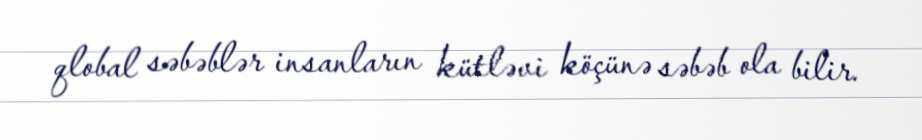
qlobal səbəblər insanların kütləvi köçünə səbəb ola bilir.